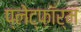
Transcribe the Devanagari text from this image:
प्लेट्फ़ॉर्म